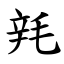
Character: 㲔